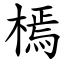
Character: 㯊